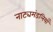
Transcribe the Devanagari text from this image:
नाट्यमंडलियाँ